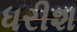
ધરીશ